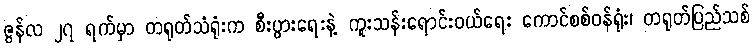
ဇွန်လ ၂၇ ရက်မှာ တရုတ်သံရုံးက စီးပွားရေးနဲ့ ကူးသန်းရောင်းဝယ်ရေး ကောင်စစ်ဝန်ရုံး၊ တရုတ်ပြည်သစ်